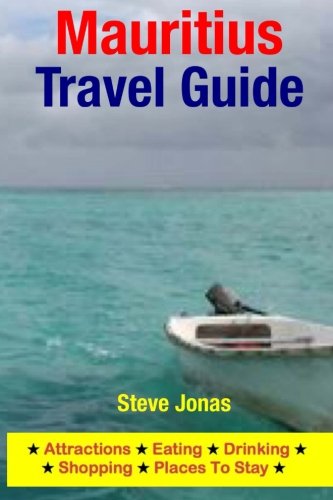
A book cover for Mauritius Travel Guide: Attractions, Eating, Drinking, Shopping & Places To Stay; Steve Jonas; Travel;